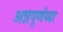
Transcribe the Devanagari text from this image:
अन्नपूर्णय्या